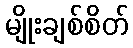
မျိုးချစ်စိတ်